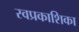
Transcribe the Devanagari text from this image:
स्वप्रकाशिका